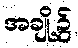
အချို့၌